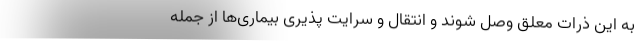
به این ذرات معلق وصل شوند و انتقال و سرایت پذیری بیماری‌ها از جمله